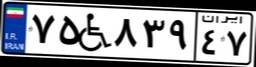
۷۵W۸۳۹۴۷